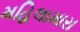
મહિલામારા